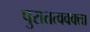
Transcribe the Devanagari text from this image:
पुरातत्ववक्ता